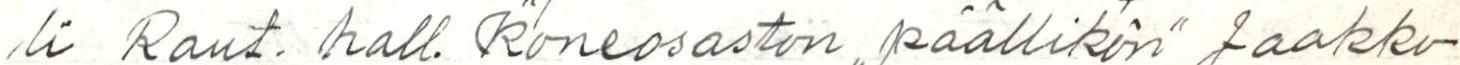
li Raut. hall. koneosaston ,,päällikön" Jaakko